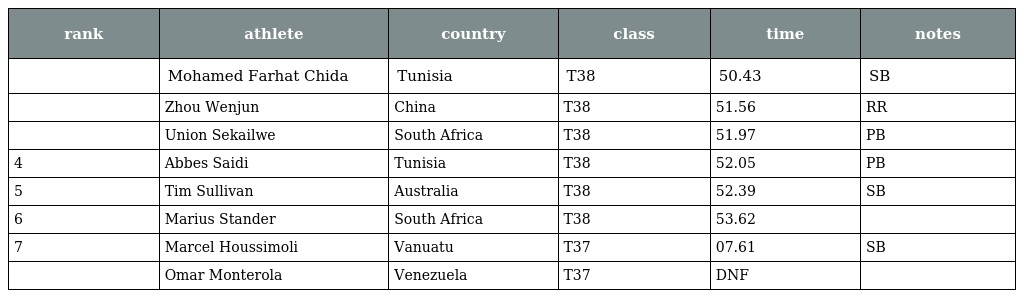
| rank | athlete | country | class | time | notes |
 | --- | --- | --- | --- | --- | --- |
 |  | Mohamed Farhat Chida | Tunisia | T38 | 50.43 | SB |
 |  | Zhou Wenjun | China | T38 | 51.56 | RR |
 |  | Union Sekailwe | South Africa | T38 | 51.97 | PB |
 | 4 | Abbes Saidi | Tunisia | T38 | 52.05 | PB |
 | 5 | Tim Sullivan | Australia | T38 | 52.39 | SB |
 | 6 | Marius Stander | South Africa | T38 | 53.62 |  |
 | 7 | Marcel Houssimoli | Vanuatu | T37 | 07.61 | SB |
 |  | Omar Monterola | Venezuela | T37 | DNF |  |